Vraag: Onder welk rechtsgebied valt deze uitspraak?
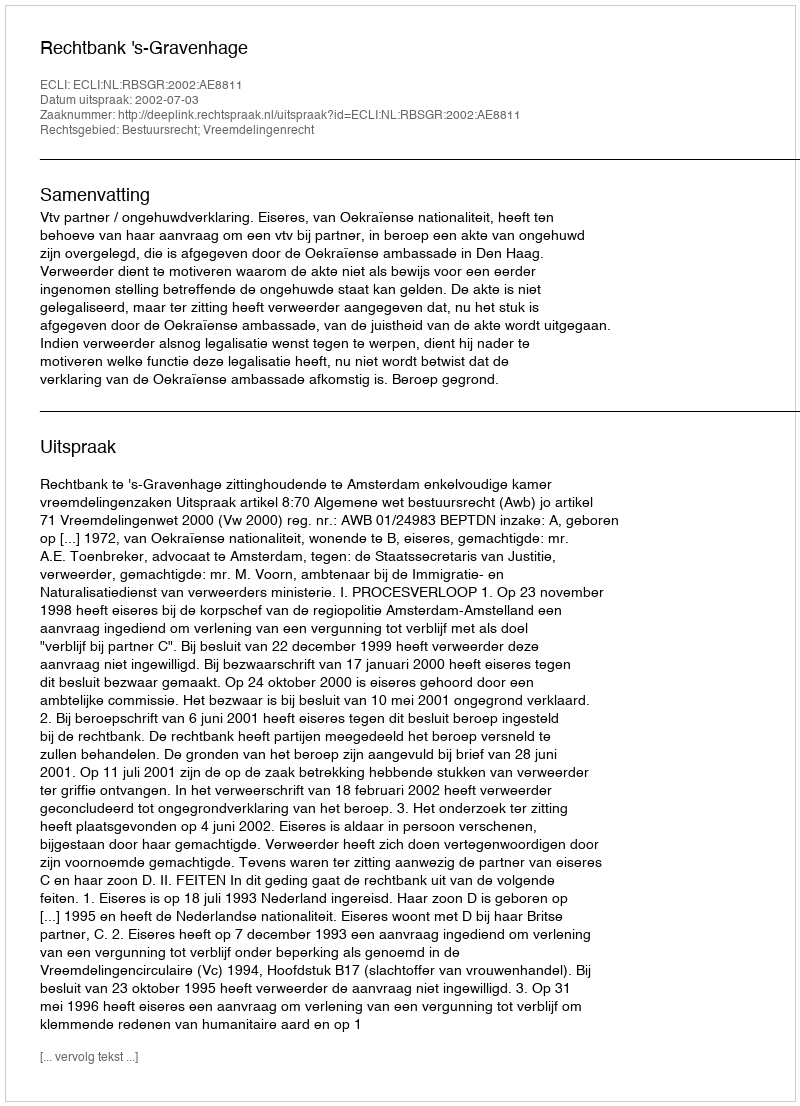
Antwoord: Bestuursrecht; Vreemdelingenrecht